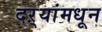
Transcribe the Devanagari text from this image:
दऱ्यांमधून